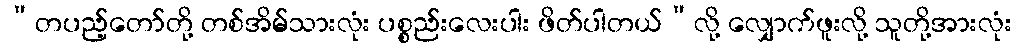
“တပည့်တော်တို့ တစ်အိမ်သားလုံး ပစ္စည်းလေးပါး ဖိတ်ပါတယ်”လို့ လျှောက်ဖူးလို့ သူတို့အားလုံး